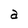
Character: a